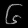
Digit: ၆